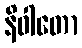
နိဝါတော